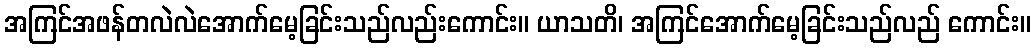
အကြင်အဖန်တလဲလဲအောက်မေ့ခြင်းသည်လည်းကောင်း။ ယာသတိ၊ အကြင်အောက်မေ့ခြင်းသည်လည် ကောင်း။